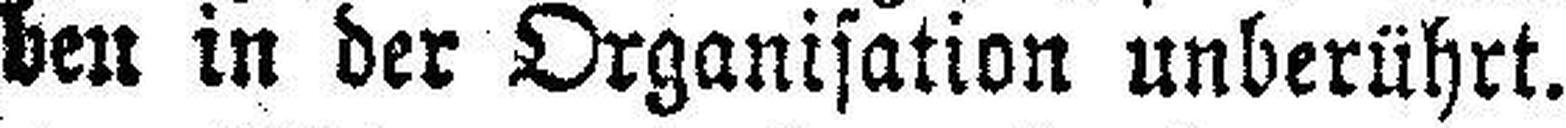
ben in der Organisation unberührt.